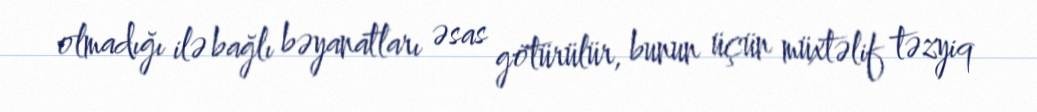
olmadığı ilə bağlı bəyanatları əsas götürülür, bunun üçün müxtəlif təzyiq